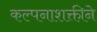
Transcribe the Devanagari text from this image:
कल्पनाशक्तीने